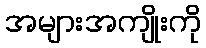
အများအကျိုးကို